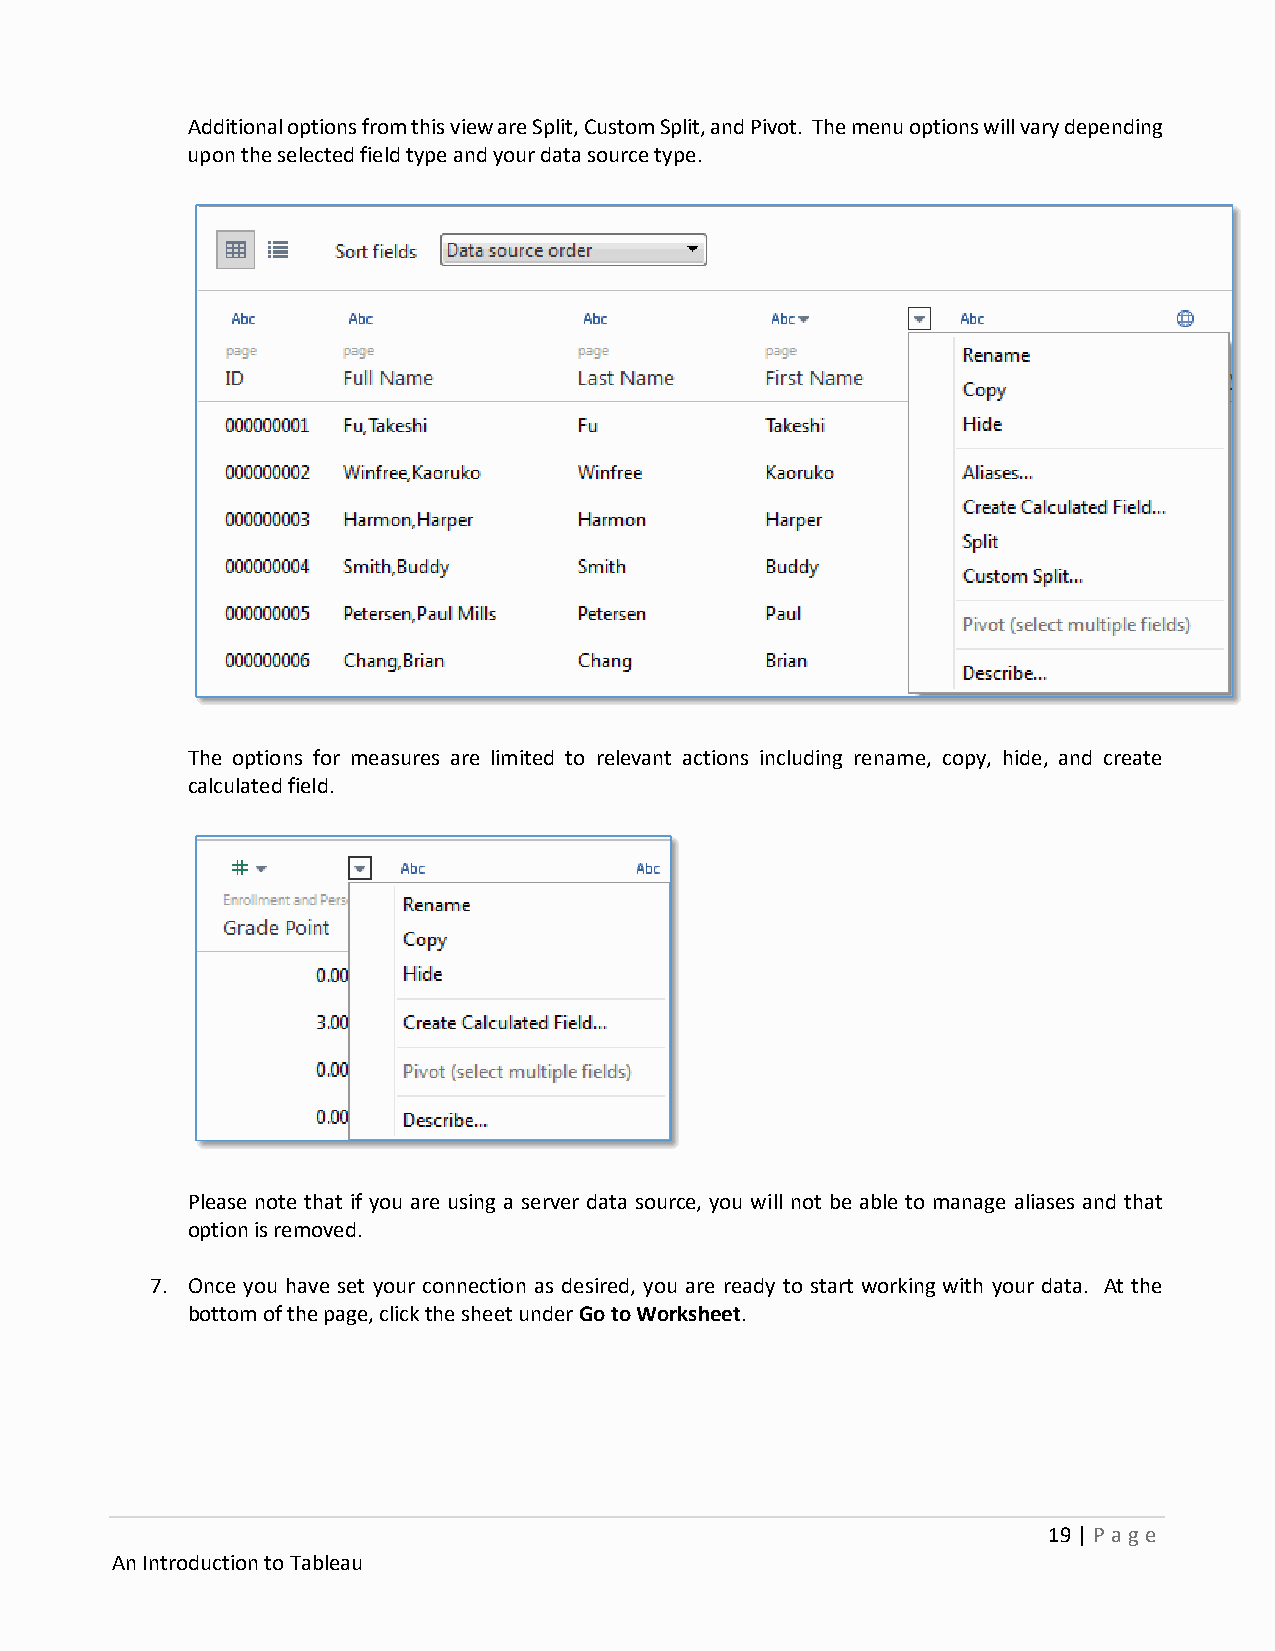
Additional options from this view are Split, Custom Split, and Pivot. The menu options will vary depending
 upon the selected field type and your data source type.
 The options for measures are limited to relevant actions including rename, copy, hide, and create
 calculated field.
 Please note that if you are using a server data source, you will not be able to manage aliases and that
 option is removed.
 7. Once you have set your connection as desired, you are ready to start working with your data. At the
 bottom of the page, click the sheet under Go to Worksheet.
 19 | P age
 An Introduction to Tableau